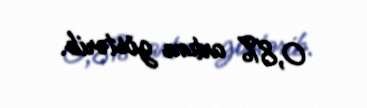
0,8% artım göstərib.